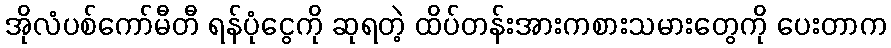
အိုလံပစ်ကော်မီတီ ရန်ပုံငွေကို ဆုရတဲ့ ထိပ်တန်းအားကစားသမားတွေကို ပေးတာက